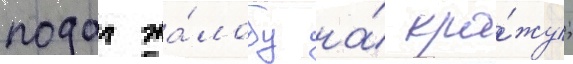
подал жа́лобу на́ кра́жу;